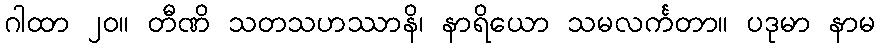
ဂါထာ ၂၀။ တီဏိ သတသဟဿာနိ၊ နာရိယော သမလင်္ကတာ။ ပဒုမာ နာမ